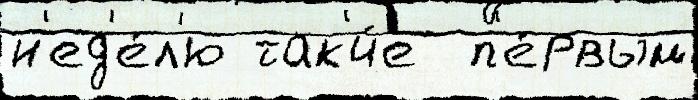
н'ед'е́л'ю так'и́е  п'е́рвым